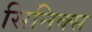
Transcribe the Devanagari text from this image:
सिनिक्स